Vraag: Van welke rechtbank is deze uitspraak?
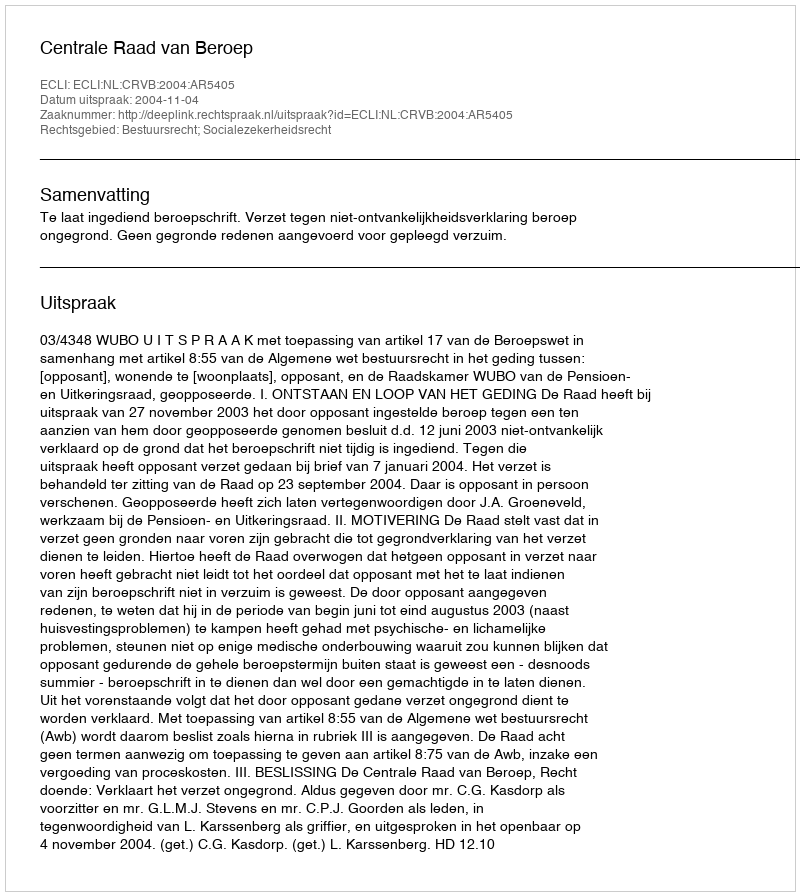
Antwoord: Centrale Raad van Beroep